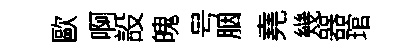
歐啊設魄号胭堯幾器琯